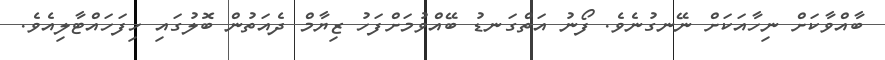
ބާއްވާކަށް ނިހާއަކަށް ނޭނގުނެވެ. ފޯނު އަތްގަނޑު ބޭއްވުމަށްފަހު ޒިޔާމް ދެއަތުން ބޮލުގައި ހިފަހައްޓާލިއެވެ.